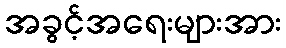
အခွင့်အရေးများအား